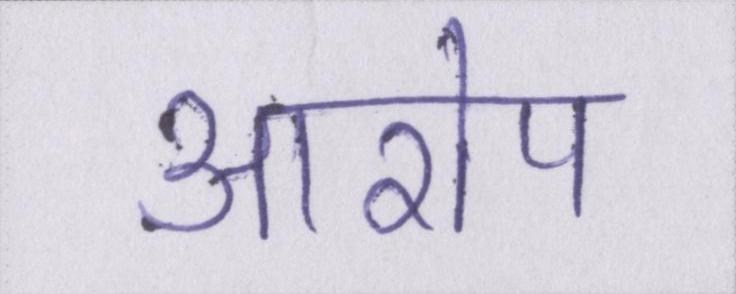
आरोप